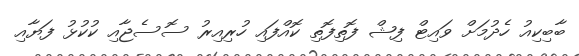
ބާބިކިއު ހެދުމަށް ވައިޓް ފިޝް ފޮތިފޮތި ކޮއްފައި ހުރިއިރު ސޮސެޖާއި ކުކުޅު ފަޔާއި